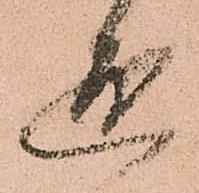
通